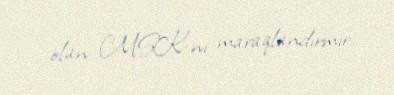
olan MSK-nı maraqlandırmır.